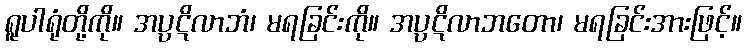
ရူပါရုံတို့ကို။ အပ္ပဋိလာဘံ၊ မရခြင်းကို။ အပ္ပဋိလာဘတော၊ မရခြင်းအားဖြင့်။